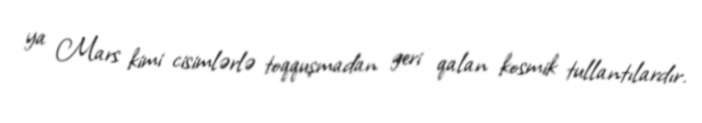
ya Mars kimi cisimlərlə toqquşmadan geri qalan kosmik tullantılardır.